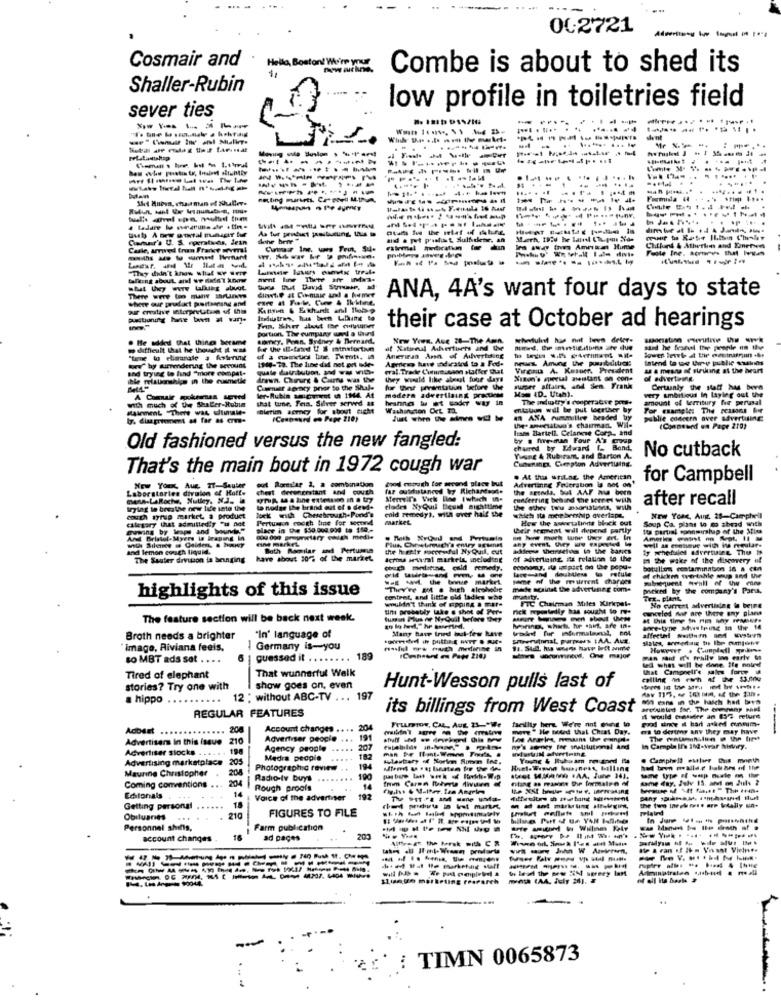
002721
Cosmair and
ston! We're your
Combe is about to shed its
Shaller-Rubin
sever ties
low profile in toiletries field
....-----
-------
---------
----------
......
..... ..
Shi Mnban, cha.aman of 20huller.
--------
------ .....
Conusr's U. S. nperstwas, Jean
Casle, arrived from France several
Chilund & Atherkes and Einersens
------
"They didn't know what we were
talking about and we safe't know
where our pruduct portsspans and
ANA, 4A's want four days to state
portion. The cumpany und a third
their case at October ad hearings
. He added that things became
sorry, Pean, Sydney & Bernard,
New Yors. Ave 28-The Amn.
w difficult that he thought it was
Ke the E-fated U S mintfortan
of Natural Advertisers and the
-- ----- ---
lower level At the moetnatrinn ...
Anieriras Ana of Advertising
Aprices have odratod to a Fed-
neus. Amung the puibditer:
and trying to find "more compat-
1940-73. The line did not get sde-
wral. Trade Culumusann staffer that
VirenD A. Kesuer, President
as a means of striking at the heart
relationships in the cusmetie
they would like almost four days
Xison's specsal montant an con-
of advertising.
Coumar agency prior to the Shal-
for Chiese permtatiun tecture the
super affairs, and Sen Frank
MS (D. Utah).
very ambitious In laying out use
Certainly the staff has been
A Commaie spokesman served
ler-Rubin amigomet un 1944. At
that tune, Fein, Silver served as
hranng bu et sakr way in
modera advertising procurme
The industry's cooperative pors-
amount of territury for perusal
with much of the Shaler-Hubu
hierim serney for about eicht
Washington Cet 72.
miation will be put together by
For example: The Seasons her
(Conpound en Pape 210)
In AXA cummillee headed by
publie concern aver advertising
the. amenatua's chairman. Wil-
les Zartell. Celanese Corp, and
(Conneued wn Page 210)
by a fire-man Four As coop
Old fashioned versus the new fangled:
chured by Edward 1. Band.
No cutback
Yuune 4 Rub ram, and Barton A.
Cupenings, Cierpion Advertising.
That's the main bout in 1972 cough war
. At this uriLag. the American
for Campbell
Laboratories divulen of Holt.
Now Your, Aug. 27-Sauter
chest
weoncestant and couth
far outdostaneed by Richardson.
dod enough for second place but
Atvertinne Federation is not on
the seseda, 5M AAF Ma born
menn-LaRoche, Nutley, N.J .,
Merrell's Vick line (which in-
runderring behind the Keres With
after recall
trying to breathe new life sato the
to nudge (he brand out of o dewd-
clades NyQuil liquid nighttime
cold remedy), with over half the
calgary that admittedly "u not
couch syrup market, a product
Pertusen cough line for second
market
which ita merebership overlape.
How the asiortalinns block out
Soup Ca. plans to go ahead with
New Year, Augt. 28-Camphell
place in the 150.000.000 to 159 .-
their semment will depend partly
Its partial somemirskup of the Miss
eine market
. Math Xyoud ond Periumin
-------
and lemon conich liquid.
Both Moonlar und Pertumna
the hrentr paceaful NyQuil, cut
kklens Therselos in the bancs
If scheduled advertuing The #
well as eogtumue with ins regular.
The Sauter drvison ia beinging
have about 10 % of the market
Ichu wrwral markets, including
of whenlaing is relation to the
11 the wake of the discovery if
-------
remedy.
lace-and doubtless to recule
botullos contamination 16 . com
some of the mevurrent changes
of chickm wertahle mup and the
highlights of this issue
"They're BM . bich
madde scaldst the advertising come
patkred by the company's Para.
content, and little old ladies who
wouldn't think of Eipping a Far*
munity.
FTC Chairman Miles Kirkpel-
TeE- plant
un probably the @ that of Pere
rick mepelelly has sought to re-
canceled har are there any plans
No current advertising la beine
The feature section will be back next week.
tuman Plus de NyQuil before ther
-----
Many have tried but-few have
Monno, what he saint, are in-
ance-type Mwstping in the 14
Broth needs a brighter
"In' language of
image, Riviana feeis.
Germany is-you
nul ww much medicine in
However . Cumpledi ppadire
to MBT ads sat . . . .
6
guessed it .. ...... 189
189
Man said I% Fraile inn early 6
That wunnerful Welk
wed what will be done. Ife notre!
that Campnell'e sales force
Tired of elephant
stories? Try one with
show goes on, even
Hunt-Wesson pulls last of
----------
a hippo
......
12 : without ABC-TV ... 197
REGULAR FEATURES
its billings from West Coast
arcounten for. The enmpany PM
Frumos, CAL. Aug 21 -- We
facility her We're not want to
i would chesudler an 837 returd
Adbeet
206
Account changes .. ..
20
Ie boiled that Cheat Day.
es to destroy any they may have
---
Advertisers In this issue 210
Advertiser people
191
Los Araries, means the compi.
Advertiser stocks
19
Agency people .....
207
man De Ifant.Wenn Tools, @
Campla Ins 108-Vrar Niwiry.
Advertising marketplace
205
Medis people
.....
182
Maurine Christopher
208
Photographic review . .
194
Radio-tv buys
.......
190
----- --
Coming conventions . ..
14
Rough proofs
Editorials
Voice of the advertiser
192
--------
Getting personal
18
FIGURES TO FILE
Obituaries
.....
210
Personnel shifts,
Farm publication
account changes
16
ad paçes
200
Alffragt the Merak with C &
--
-----
------
--------
11de de marketing research
: TIMN 0065873